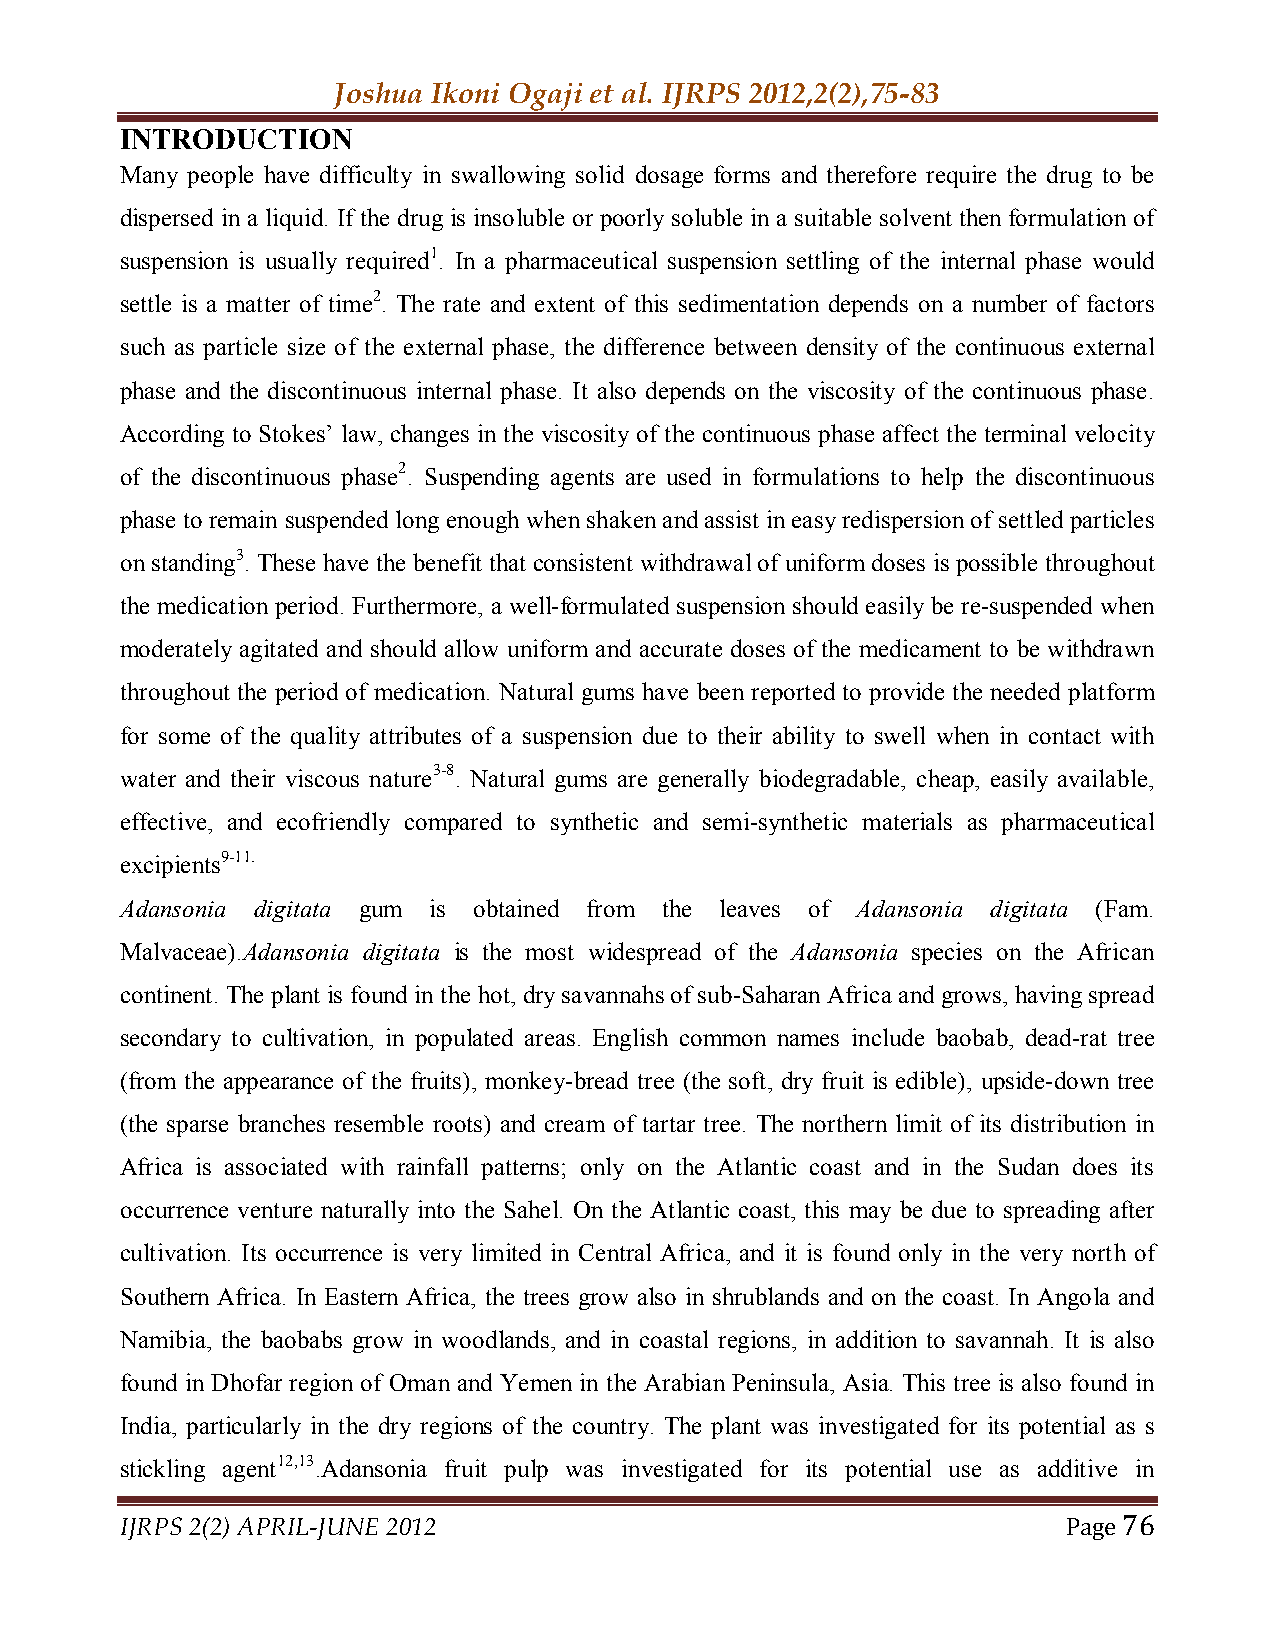
Joshua Ikoni Ogaji et al. IJRPS 2012,2(2),75-83
 INTRODUCTION
 Many people have difficulty in swallowing solid dosage forms and therefore require the drug to be
 dispersed in a liquid. If the drug is insoluble or poorly soluble in a suitable solvent then formulation of
 suspension is usually required1. In a pharmaceutical suspension settling of the internal phase would
 settle is a matter of time2. The rate and extent of this sedimentation depends on a number of factors
 such as particle size of the external phase, the difference between density of the continuous external
 phase and the discontinuous internal phase. It also depends on the viscosity of the continuous phase.
 According to Stokes’ law, changes in the viscosity of the continuous phase affect the terminal velocity
 of the discontinuous phase2. Suspending agents are used in formulations to help the discontinuous
 phase to remain suspended long enough when shaken and assist in easy redispersion of settled particles
 on standing3. These have the benefit that consistent withdrawal of uniform doses is possible throughout
 the medication period. Furthermore, a well-formulated suspension should easily be re-suspended when
 moderately agitated and should allow uniform and accurate doses of the medicament to be withdrawn
 throughout the period of medication. Natural gums have been reported to provide the needed platform
 for some of the quality attributes of a suspension due to their ability to swell when in contact with
 water and their viscous nature3-8. Natural gums are generally biodegradable, cheap, easily available,
 effective, and ecofriendly compared to synthetic and semi-synthetic materials as pharmaceutical
 excipients9-11.
 Adansonia digitata gum is obtained from the leaves of Adansonia digitata (Fam.
 Malvaceae).Adansonia digitata is the most widespread of the Adansonia species on the African
 continent. The plant is found in the hot, dry savannahs of sub-Saharan Africa and grows, having spread
 secondary to cultivation, in populated areas. English common names include baobab, dead-rat tree
 (from the appearance of the fruits), monkey-bread tree (the soft, dry fruit is edible), upside-down tree
 (the sparse branches resemble roots) and cream of tartar tree. The northern limit of its distribution in
 Africa is associated with rainfall patterns; only on the Atlantic coast and in the Sudan does its
 occurrence venture naturally into the Sahel. On the Atlantic coast, this may be due to spreading after
 cultivation. Its occurrence is very limited in Central Africa, and it is found only in the very north of
 Southern Africa. In Eastern Africa, the trees grow also in shrublands and on the coast. In Angola and
 Namibia, the baobabs grow in woodlands, and in coastal regions, in addition to savannah. It is also
 found in Dhofar region of Oman and Yemen in the Arabian Peninsula, Asia. This tree is also found in
 India, particularly in the dry regions of the country. The plant was investigated for its potential as s
 stickling agent12,13.Adansonia fruit pulp was investigated for its potential use as additive in
 IJRPS 2(2) APRIL-JUNE 2012                                     Page 76